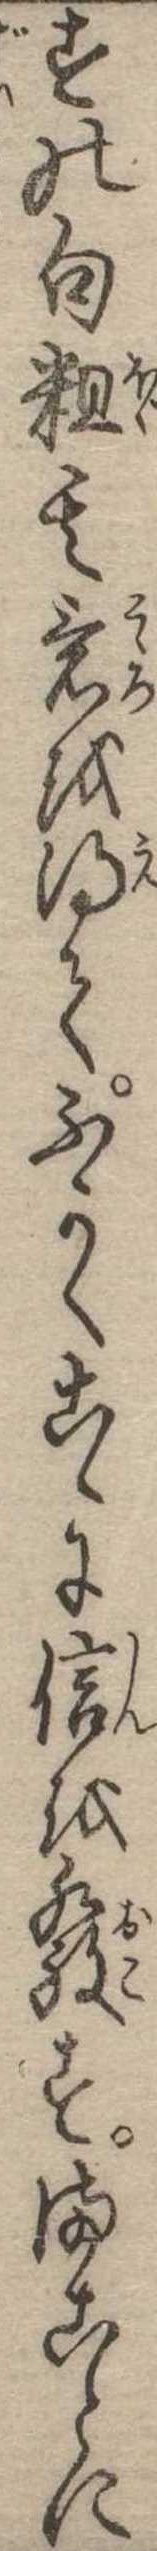
すの句粗其意を得てふかくこゝに信を発すまことに